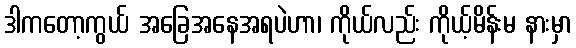
ဒါကတော့ကွယ် အခြေအနေအရပဲဟာ၊ ကိုယ်လည်း ကိုယ့်မိန်းမ နားမှာ